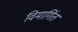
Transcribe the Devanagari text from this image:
विमार्गित